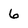
Character: 6